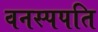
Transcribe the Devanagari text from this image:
वनस्पपति